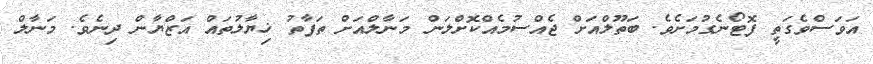
އަވަސްވެގަތީ ފޮޓޯނެގުމަށެވެ. ބަތޫލްއަށް ޖެއްސުމެއްކޮށްލަން މަނާލްއަށް ތަފާތު ޚިޔާލުތައް އަޒްޔާން ދިނެވެ. މަނާލް